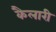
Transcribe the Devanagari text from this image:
कैलारी